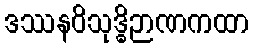
ဒဿနဝိသုဒ္ဓိဉာဏကထာ